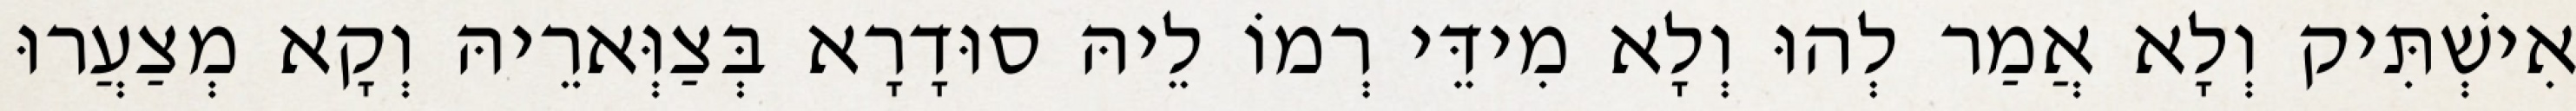
אִישְׁתִּיק וְלָא אֲמַר לְהוּ וְלָא מִידֵּי רְמוֹ לֵיהּ סוּדָרָא בְּצַוְּארֵיהּ וְקָא מְצַעֲרוּ